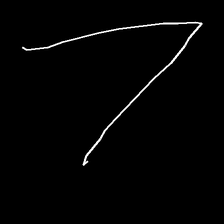
Glyph: region